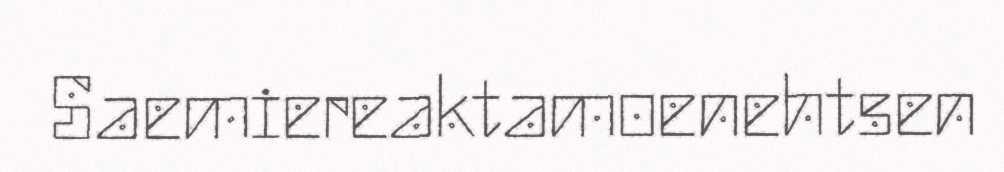
Saemiereaktamoenehtsen